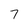
Character: 7